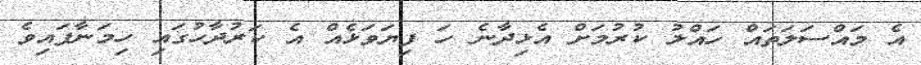
އެ މައްސަލަތައް ހައްލު ކުރުމަށް އެޅިދާނެ ހަ ފިޔަވަޅެއް އެ ކަރުދާހުގައި ހިމަނާފައިވެ